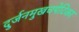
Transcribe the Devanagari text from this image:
दुर्जनमुखचपेटिका